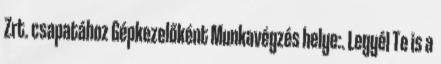
Zrt. csapatához Gépkezelőként Munkavégzés helye:. Legyél Te is a